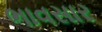
ભાવસાર